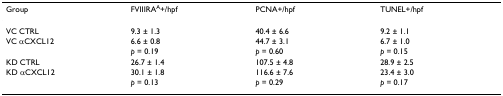
| Group | FVIIIRAA+/hpf | PCNA+/hpf | TUNEL+/hpf |
 | --- | --- | --- | --- |
 | VC CTRL | 9.3 ± 1.3 | 40.4 ± 6.6 | 9.2 ± 1.1 |
 | VC αCXCL12 | 6.6 ± 0.8 | 44.7 ± 3.1 | 6.7 ± 1.0 |
 |  | p = 0.19 | p = 0.60 | p = 0.15 |
 | KD CTRL | 26.7 ± 1.4 | 107.5 ± 4.8 | 28.9 ± 2.5 |
 | KD αCXCL12 | 30.1 ± 1.8 | 116.6 ± 7.6 | 23.4 ± 3.0 |
 |  | p = 0.13 | p = 0.29 | p = 0.17 |